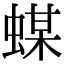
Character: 䗋